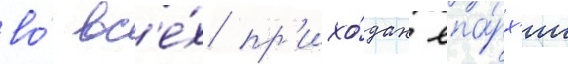
во́ вс'е́х пр'ихо́дах епа́рх'ии